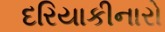
દરિયાકીનારો